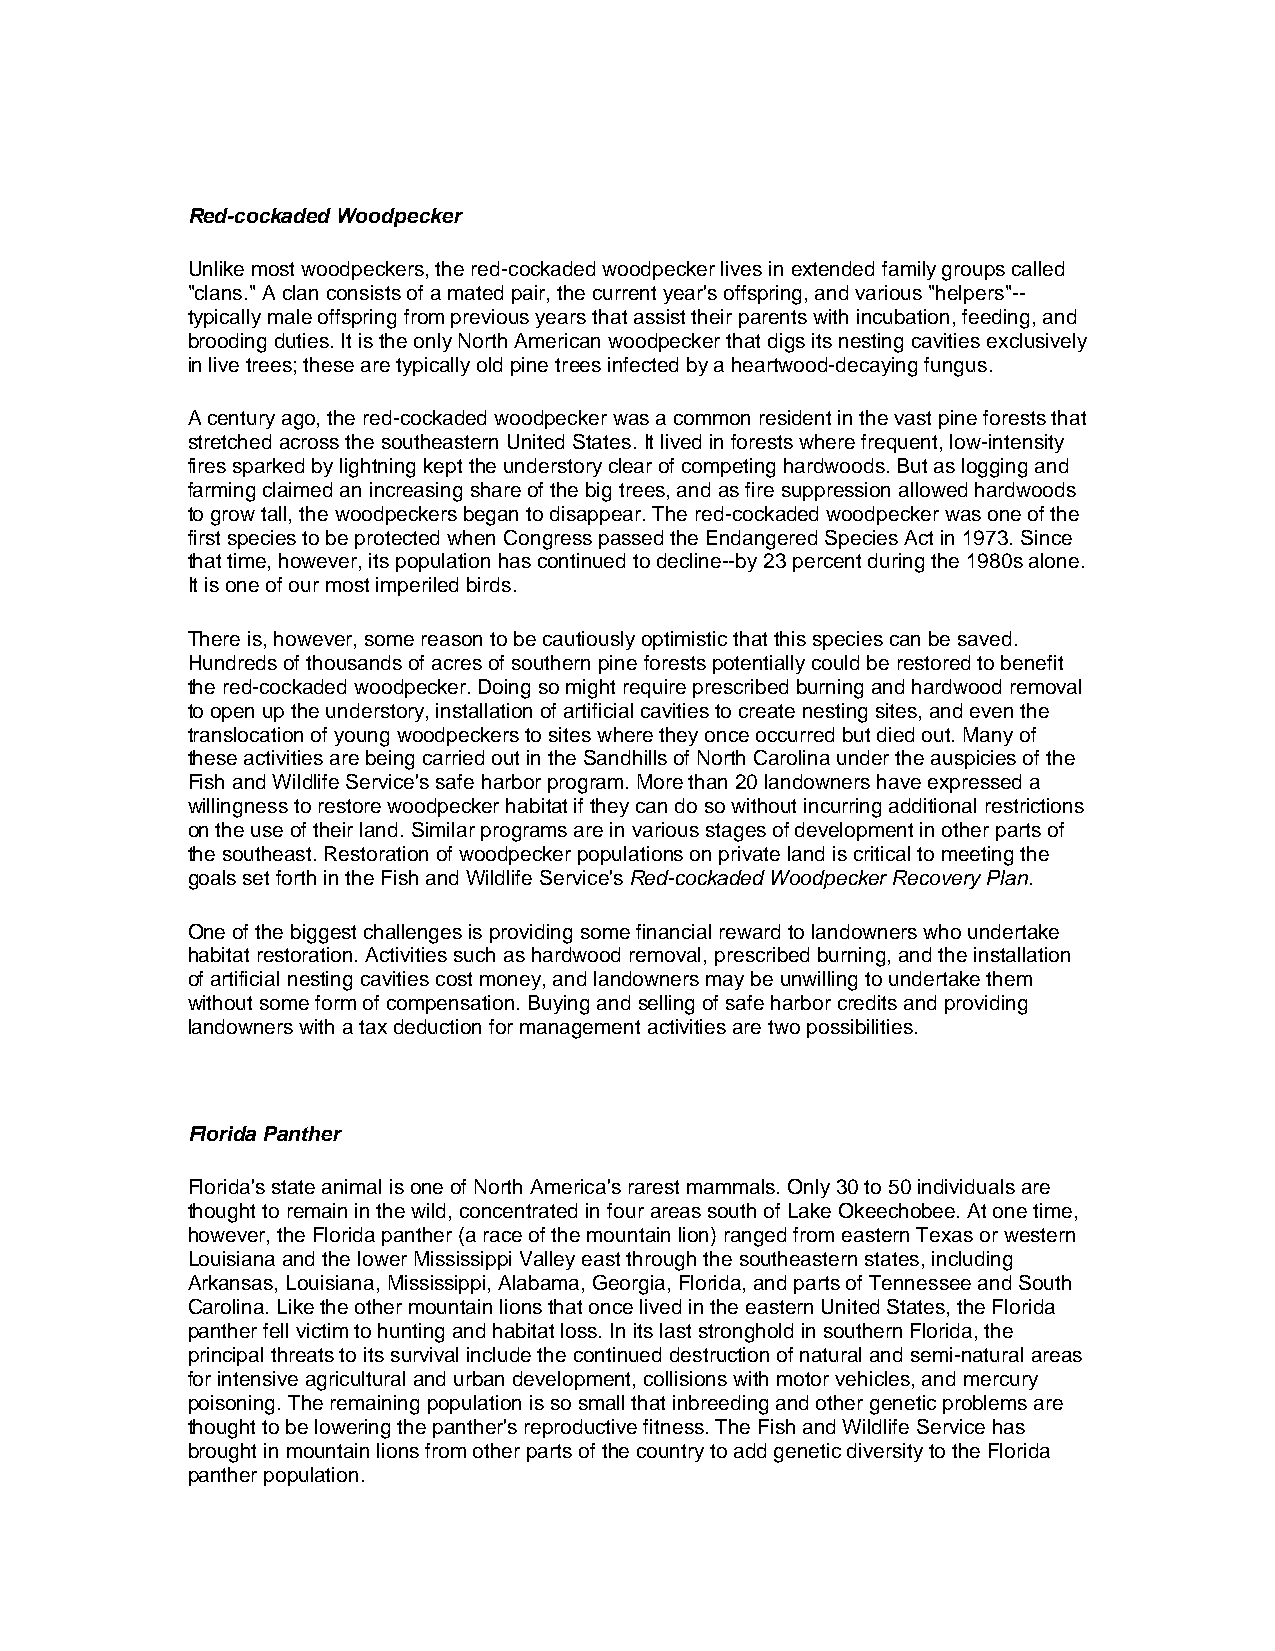
Red-cockaded Woodpecker
 Unlike most woodpeckers, the red-cockaded woodpecker lives in extended family groups called
 "clans." A clan consists of a mated pair, the current year's offspring, and various "helpers"--
 typically male offspring from previous years that assist their parents with incubation, feeding, and
 brooding duties. It is the only North American woodpecker that digs its nesting cavities exclusively
 in live trees; these are typically old pine trees infected by a heartwood-decaying fungus.
 A century ago, the red-cockaded woodpecker was a common resident in the vast pine forests that
 stretched across the southeastern United States. It lived in forests where frequent, low-intensity
 fires sparked by lightning kept the understory clear of competing hardwoods. But as logging and
 farming claimed an increasing share of the big trees, and as fire suppression allowed hardwoods
 to grow tall, the woodpeckers began to disappear. The red-cockaded woodpecker was one of the
 first species to be protected when Congress passed the Endangered Species Act in 1973. Since
 that time, however, its population has continued to decline--by 23 percent during the 1980s alone.
 It is one of our most imperiled birds.
 There is, however, some reason to be cautiously optimistic that this species can be saved.
 Hundreds of thousands of acres of southern pine forests potentially could be restored to benefit
 the red-cockaded woodpecker. Doing so might require prescribed burning and hardwood removal
 to open up the understory, installation of artificial cavities to create nesting sites, and even the
 translocation of young woodpeckers to sites where they once occurred but died out. Many of
 these activities are being carried out in the Sandhills of North Carolina under the auspicies of the
 Fish and Wildlife Service's safe harbor program. More than 20 landowners have expressed a
 willingness to restore woodpecker habitat if they can do so without incurring additional restrictions
 on the use of their land. Similar programs are in various stages of development in other parts of
 the southeast. Restoration of woodpecker populations on private land is critical to meeting the
 goals set forth in the Fish and Wildlife Service's Red-cockaded Woodpecker Recovery Plan.
 One of the biggest challenges is providing some financial reward to landowners who undertake
 habitat restoration. Activities such as hardwood removal, prescribed burning, and the installation
 of artificial nesting cavities cost money, and landowners may be unwilling to undertake them
 without some form of compensation. Buying and selling of safe harbor credits and providing
 landowners with a tax deduction for management activities are two possibilities.
 Florida Panther
 Florida's state animal is one of North America's rarest mammals. Only 30 to 50 individuals are
 thought to remain in the wild, concentrated in four areas south of Lake Okeechobee. At one time,
 however, the Florida panther (a race of the mountain lion) ranged from eastern Texas or western
 Louisiana and the lower Mississippi Valley east through the southeastern states, including
 Arkansas, Louisiana, Mississippi, Alabama, Georgia, Florida, and parts of Tennessee and South
 Carolina. Like the other mountain lions that once lived in the eastern United States, the Florida
 panther fell victim to hunting and habitat loss. In its last stronghold in southern Florida, the
 principal threats to its survival include the continued destruction of natural and semi-natural areas
 for intensive agricultural and urban development, collisions with motor vehicles, and mercury
 poisoning. The remaining population is so small that inbreeding and other genetic problems are
 thought to be lowering the panther's reproductive fitness. The Fish and Wildlife Service has
 brought in mountain lions from other parts of the country to add genetic diversity to the Florida
 panther population.